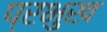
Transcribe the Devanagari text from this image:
प्रभुख